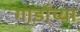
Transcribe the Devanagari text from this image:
गार्डांच्या